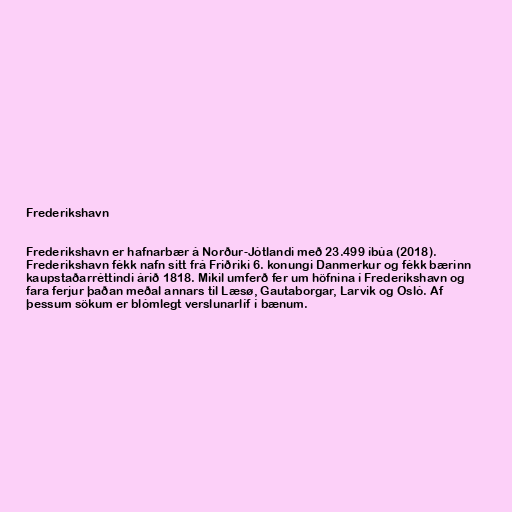
Frederikshavn

Frederikshavn er hafnarbær á Norður-Jótlandi með 23.499 íbúa (2018).
Frederikshavn fékk nafn sitt frá Friðriki 6. konungi Danmerkur og fékk bærinn
kaupstaðarréttindi árið 1818. Mikil umferð fer um höfnina í Frederikshavn og
fara ferjur þaðan meðal annars til Læsø, Gautaborgar, Larvik og Osló. Af
þessum sökum er blómlegt verslunarlíf í bænum.